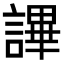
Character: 𧫤